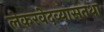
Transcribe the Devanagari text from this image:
लेकरवेदव्यासतथा